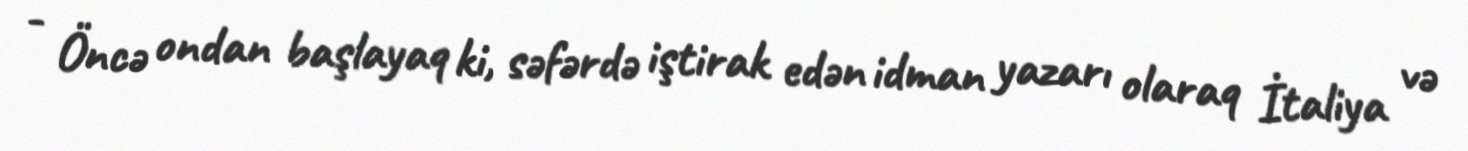
- Öncə ondan başlayaq ki, səfərdə iştirak edən idman yazarı olaraq İtaliya və